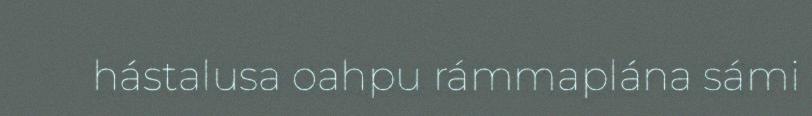
hástalusa oahpu rámmaplána sámi